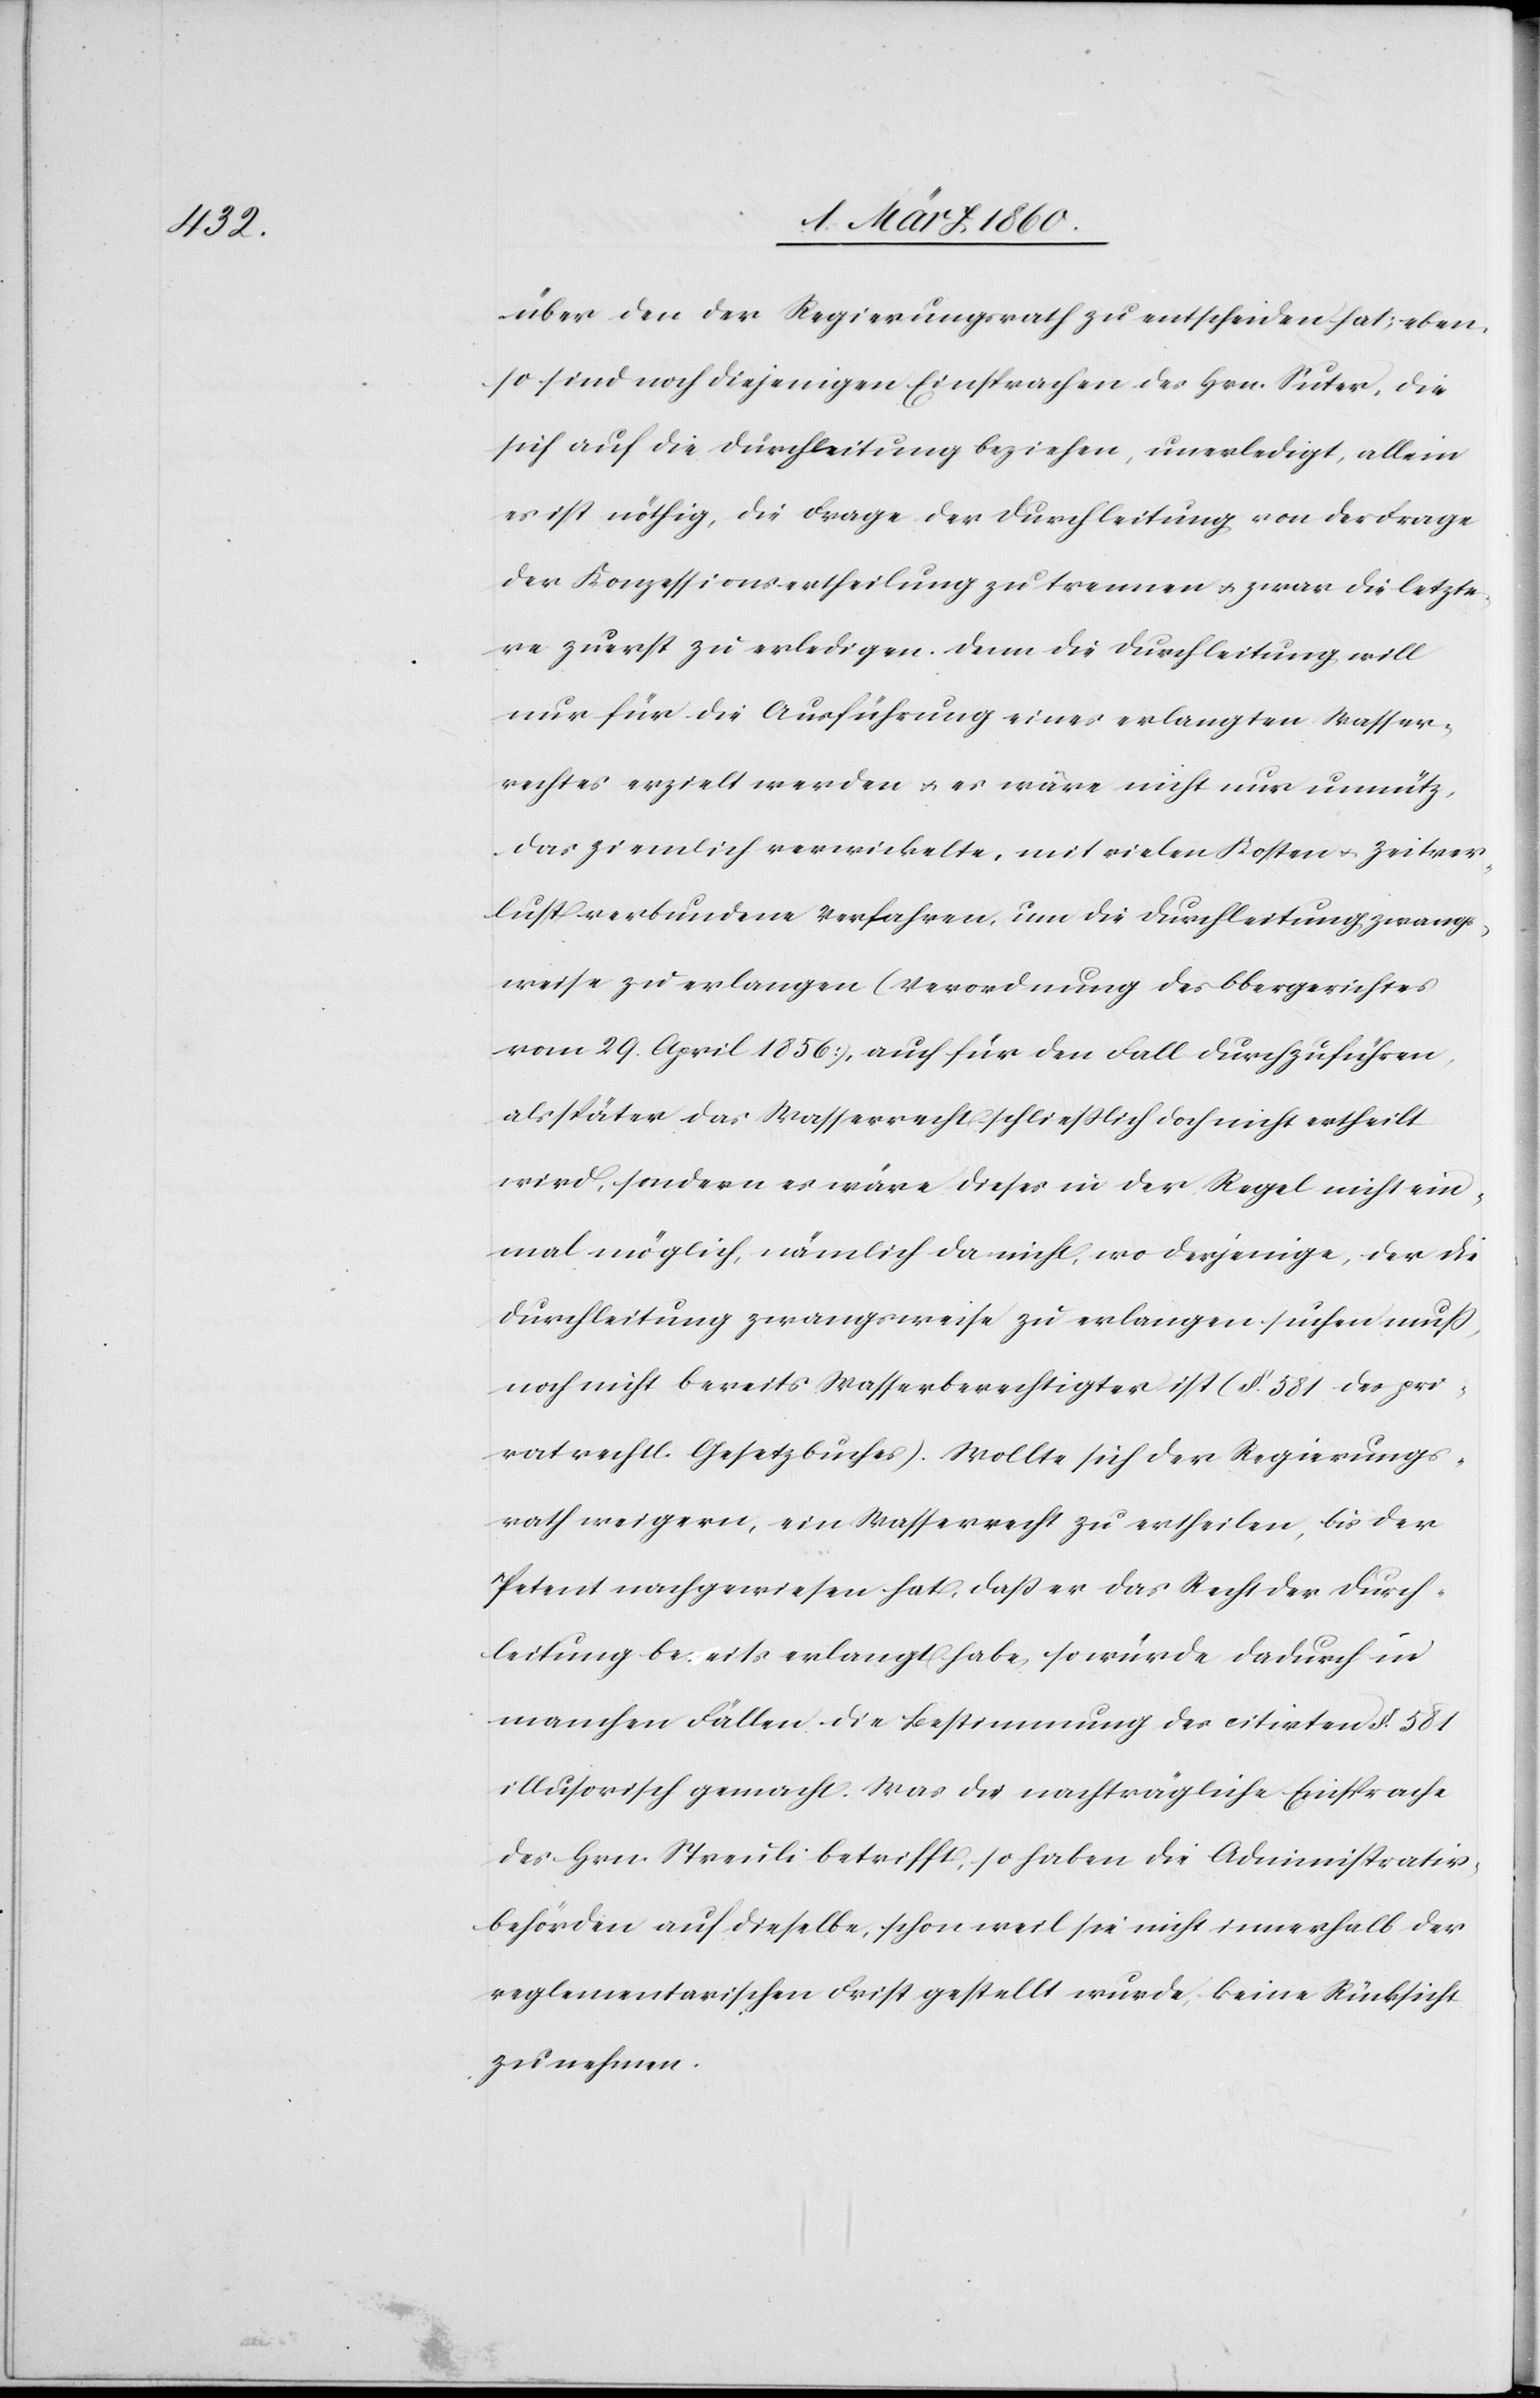
über den der Regierungsrath zu entscheiden hat; eben¬
so sind noch diejenigen Einsprachen des Hrn. Suter, die
sich auf die Durchleitung beziehen, unerledigt, allein
es ist nöthig, die Frage der Durchleitung von der Frage
der Konzessionsertheilung zu trennen u. zwar die letzte¬
re zuerst zu erledigen. Denn die Durchleitung will
nur für die Ausführung eines erlangten Wasser¬
rechtes erzielt werden u. es wäre nicht nur unnütz,
das ziemlich verwickelte, mit vielen Kosten u. Zeitver¬
lust verbundene Verfahren, um die Durchleitung zwangs¬
weise zu erlangen (Verordnung des Obergerichtes
vom 29. April 1856), auch für den Fall durchzuführen,
als später das Wasserrecht schließlich doch nicht erheilt
wird, sondern es wäre dieses in der Regel nicht ein¬
mal möglich, nämlich da nicht, wo derjenige, der die
Durchleitung zwangsweise zu erlangen suchen muss,
noch nicht bereits Wasserberechtigter ist (§. 581 des pri¬
vatrechtl. Gesetzbuches). Wollte sich der Regierungs¬
rath weigern, ein Wasserrecht zu ertheilen, bis der
Petent nachgewiesen hat, dass er das Recht der Durch¬
leitung bereits erlangt habe, so würde dadurch in
manchen Fällen die Bestimmung des citirten §. 581
illusorisch gemacht. Was die nachträgliche Einsprache
des Hrn. Streuli betrifft, so haben die Administrativ¬
behörden auf dieselbe, schon weil sie nicht innerhalb der
reglementarischen Frist gestellt wurde, keine Rücksicht
zu nehmen.